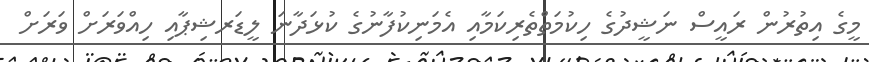
މީގެ އިތުރުން ރައީސް ނަޝީދުގެ ހިކުމަތްތެރިކަމާއި އެމަނިކުފާނުގެ ކުޅަދާނަ ލީޑަރޝިޕާއި ހިއްވަރަށް ވަރަށް